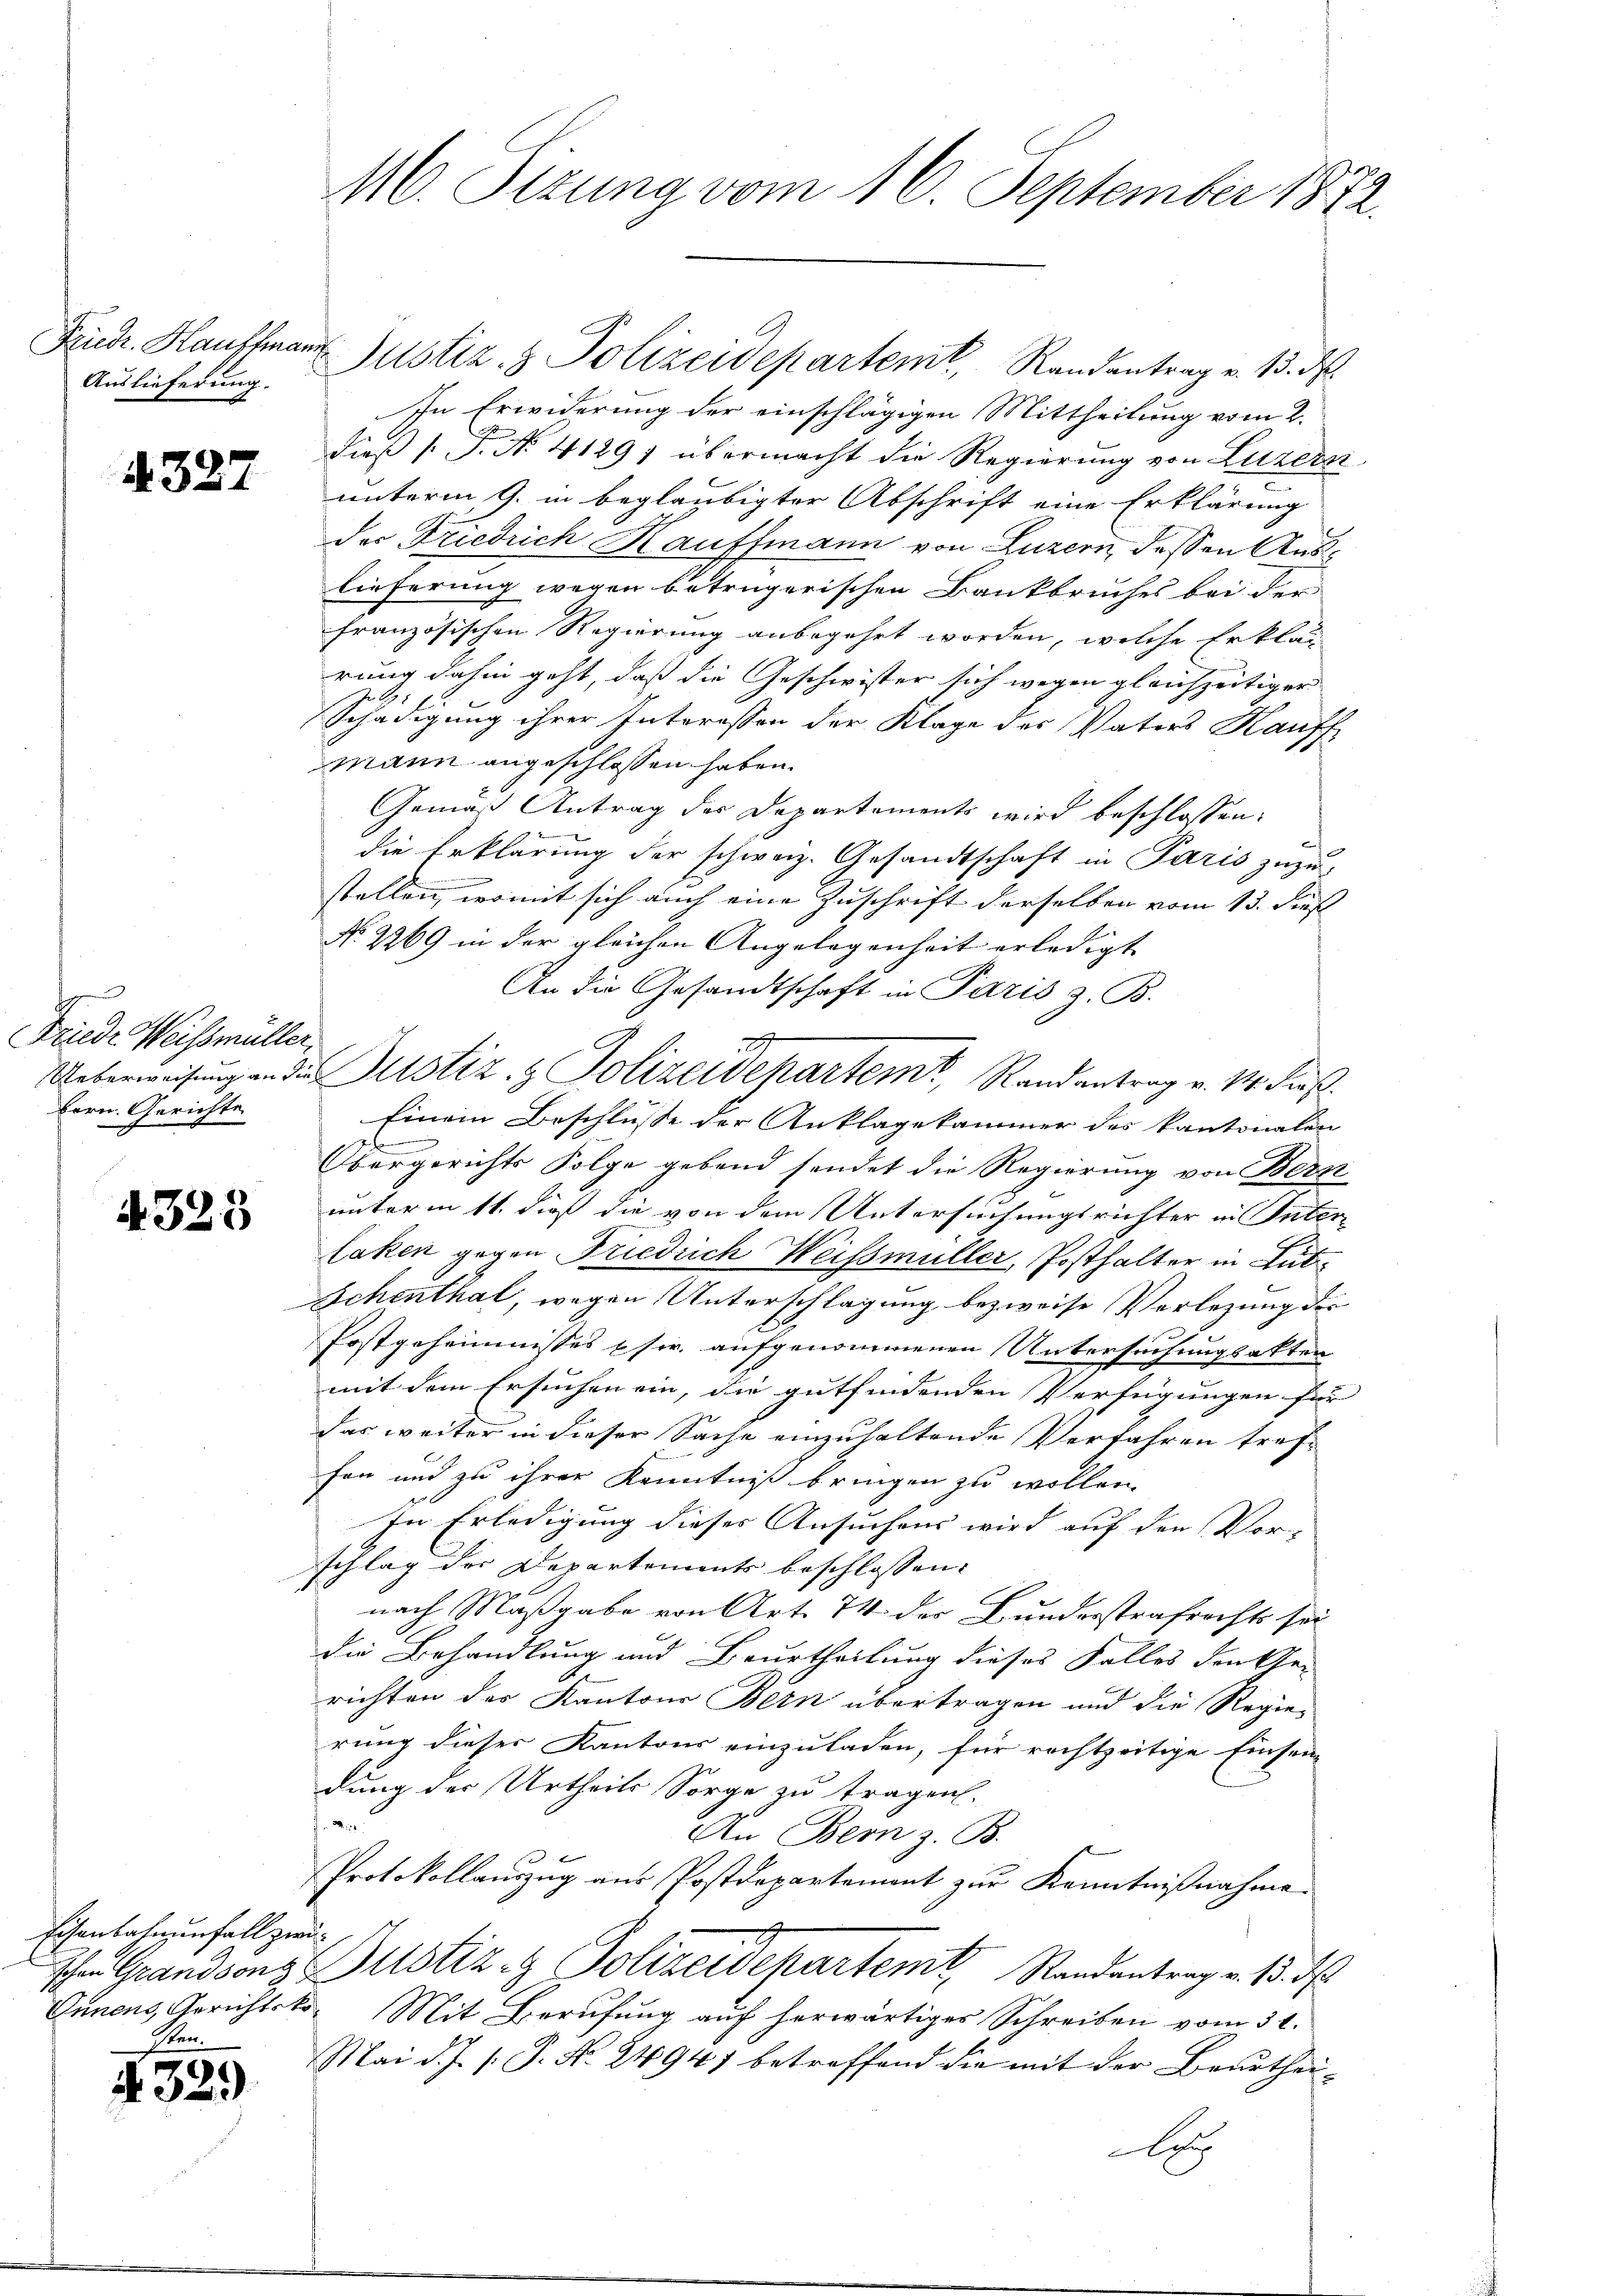
Auslieferung.

4327

Friede Weissmüller.
Bern. Gerichte

4323

Eisenbahnenfall zwi¬
Sten.

4329

M. Sizung vom 16. September 1872.

Fondr. Kaufmann Justiz & Polizeidepartemt, Randantrag v. 13. d.
In Erwiderung der einschlägigen Mittheilung vom 2.
dieß (T. No. 41297 übermacht die Regierung von Luzern
unterm 9. in beglaubigter Abschrift eine Erklärung
der Friedrich Kauffmann von Luzern, dessen Auslieferung wegen betrügerischen Bankbruches bei der
französischen Regierung anbegehrt worden, welche Erklär
rung dahin geht, daß die Geschwister sich wegen gleichzeitiger
Schädigung ihrer Interessen der Klage des Vaters Kauff
mann angeschlossen haben.
Gemäß Antrag des Departements wird beschlossen:
die Erklärung der schweiz. Gesandtschaft in Paris zuzu-
stellen, womit sich auch eine Zuschrift derselben vom 13. dies
No. 2269 in der gleichen Angelegenheit erledigt |
An die Gesandtschaft in Paris z. B.
d
Ueberweisung an die Justiz- & Polizeidepartem, Randantrag v. 14. dieß
Einem Beschlusse der Anklagekammer des kantonalen
.
Obergerichts Folge gebend sendet die Regierung von Bern
unterm 11. dieß die von dem Untersuchungsrichter in Inter-
Laken gegen Friedrich Weissmüller, Posthalter in Lutz¬
Schenthal, wegen Unterschlagung bezweife Vorlegung der
Postgeheimnisses pscr. aufgenommenen Untersuchungsakten
mit dem Ersuchen ein, die gutfindenden Verfügungen für
das weiter in dieser Sache einzuhaltende Verfahren tref-
fen und zu ihrer Kenntniß bringen zu wollen
In Erledigung dieses Ansuchens wird auf den Vor-
schlag der Departements beschlossen:
nach Maßgabe von Art. 74 der Bundesstrafrechts sei
die Behandlung und Beurtheilung dieses Falles den Ge-
richten des Kantons Bern übertragen und die Regier
rung dieser Kantons einzuladen, für rechtzeitige Einsen-
dung der Urtheils Sorge zu tragen.
M. 18
An Bem z. B.
Protokollauszug aus Postdepartement zur Kenntnißnahme
Ihr Grandsons Zustiz & Polizeidepartemt. Randentrag v. 15. ds.
Ennens, Gerichtsko. Mit Berŭfŭng aŭf herwärtiges Schreiben vom 31.
Mai d. J. /: P. Nr. 24941 betreffend die mit der Beurthei-
A